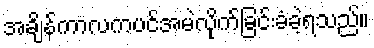
အချိန်ကာလကပင်အမဲလိုက်ခြင်းခံခဲ့ရသည်။